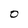
Character: O